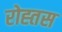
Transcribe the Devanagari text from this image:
रोह्तस